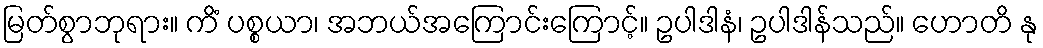
မြတ်စွာဘုရား။ ကိံ ပစ္စယာ၊ အဘယ်အကြောင်းကြောင့်။ ဥပါဒါနံ၊ ဥပါဒါန်သည်။ ဟောတိ နု